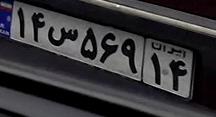
۱۴س۵۶۹۱۴